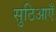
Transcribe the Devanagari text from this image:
सुठिआएँ